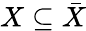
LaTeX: X\subseteq{\bar{X}}